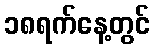
၁၈ရက်နေ့တွင်